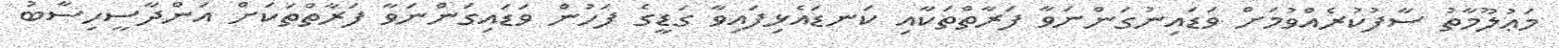
މަޢުލޫމާތު ސާފުކުރެއްވުމަށް ވަޑައިނުގަންނަވާ ފަރާތްތަކާއި ކަނޑައެޅިފައިވާ ގަޑީގެ ފަހުން ވަޑައިގަންނަވާ ފަރާތްތަކަށް އަންދާސީހިސާބު